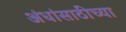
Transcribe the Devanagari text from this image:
अंधांसाठीच्या